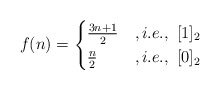
\begin{align*}f(n) = \begin{cases}\frac{3n+1}{2} &, i.e., ~[1]_2 \\\frac{n}{2} &, i.e., ~ [0]_2 \\\end{cases}\end{align*}